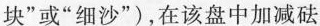
块”或”细沙”)，在该盘中加减砝